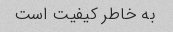
به خاطر کیفیت است